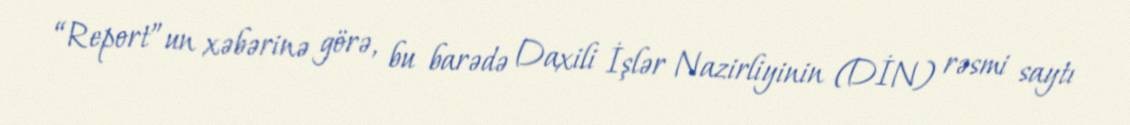
“Report”un xəbərinə görə, bu barədə Daxili İşlər Nazirliyinin (DİN) rəsmi saytı